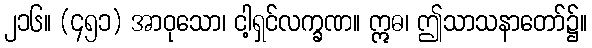
၂၁၆။ (၄၅၁) အာဝုသော၊ ငါ့ရှင်လက္ခဏ။ ဣဓ၊ ဤသာသနာတော်၌။